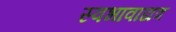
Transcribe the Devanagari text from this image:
स्वभावाद्यत्र